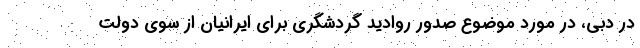
در دبی، در مورد موضوع صدور روادید گردشگری برای ایرانیان از سوی دولت